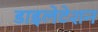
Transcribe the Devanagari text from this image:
डाइलेटेशन